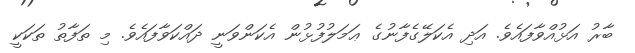
ބާރު އަޅުއްވާފައެވެ. އަދި އެކަލޭގެފާނުގެ ޢަމަލުފުޅުން އެކަންވަނީ ދައްކަވާފައެވެ. މި ތަފާތު ތަކަކީ